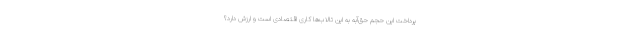
پرداخت این حجم حق‌آبه به این تالاب‌ها کاری اقتصادی است و ارزش دارد؟